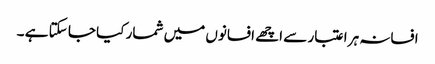
افسانہ ہر اعتبار سے اچھے افسانوں میں شمار کیا جا سکتا ہے ۔